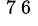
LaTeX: ^\mathrm{~7~6~}